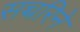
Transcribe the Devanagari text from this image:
सच्चरिने